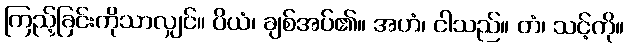
ကြည့်ခြင်းကိုသာလျှင်။ ပိယံ၊ ချစ်အပ်၏။ အဟံ၊ ငါသည်။ တံ၊ သင့်ကို။